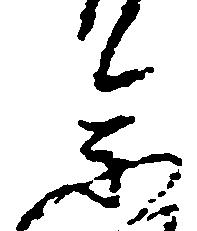
参